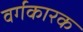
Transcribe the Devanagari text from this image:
वर्गकारक